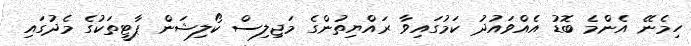
ހިމެނޭ އެންމެ ބޮޑު އެއްވައުދު ކަމުގައިވާ ރައްޔިތުންގެ މަޖިލިސް ކޯލިޝަން ޕާޓީތަކުގެ މެދުގައި